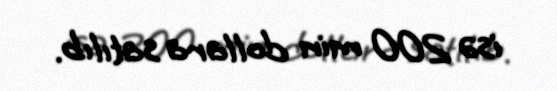
isə 200 min dollara satılıb.